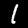
Label: 1